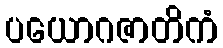
ပယောဂဇာတိကံ